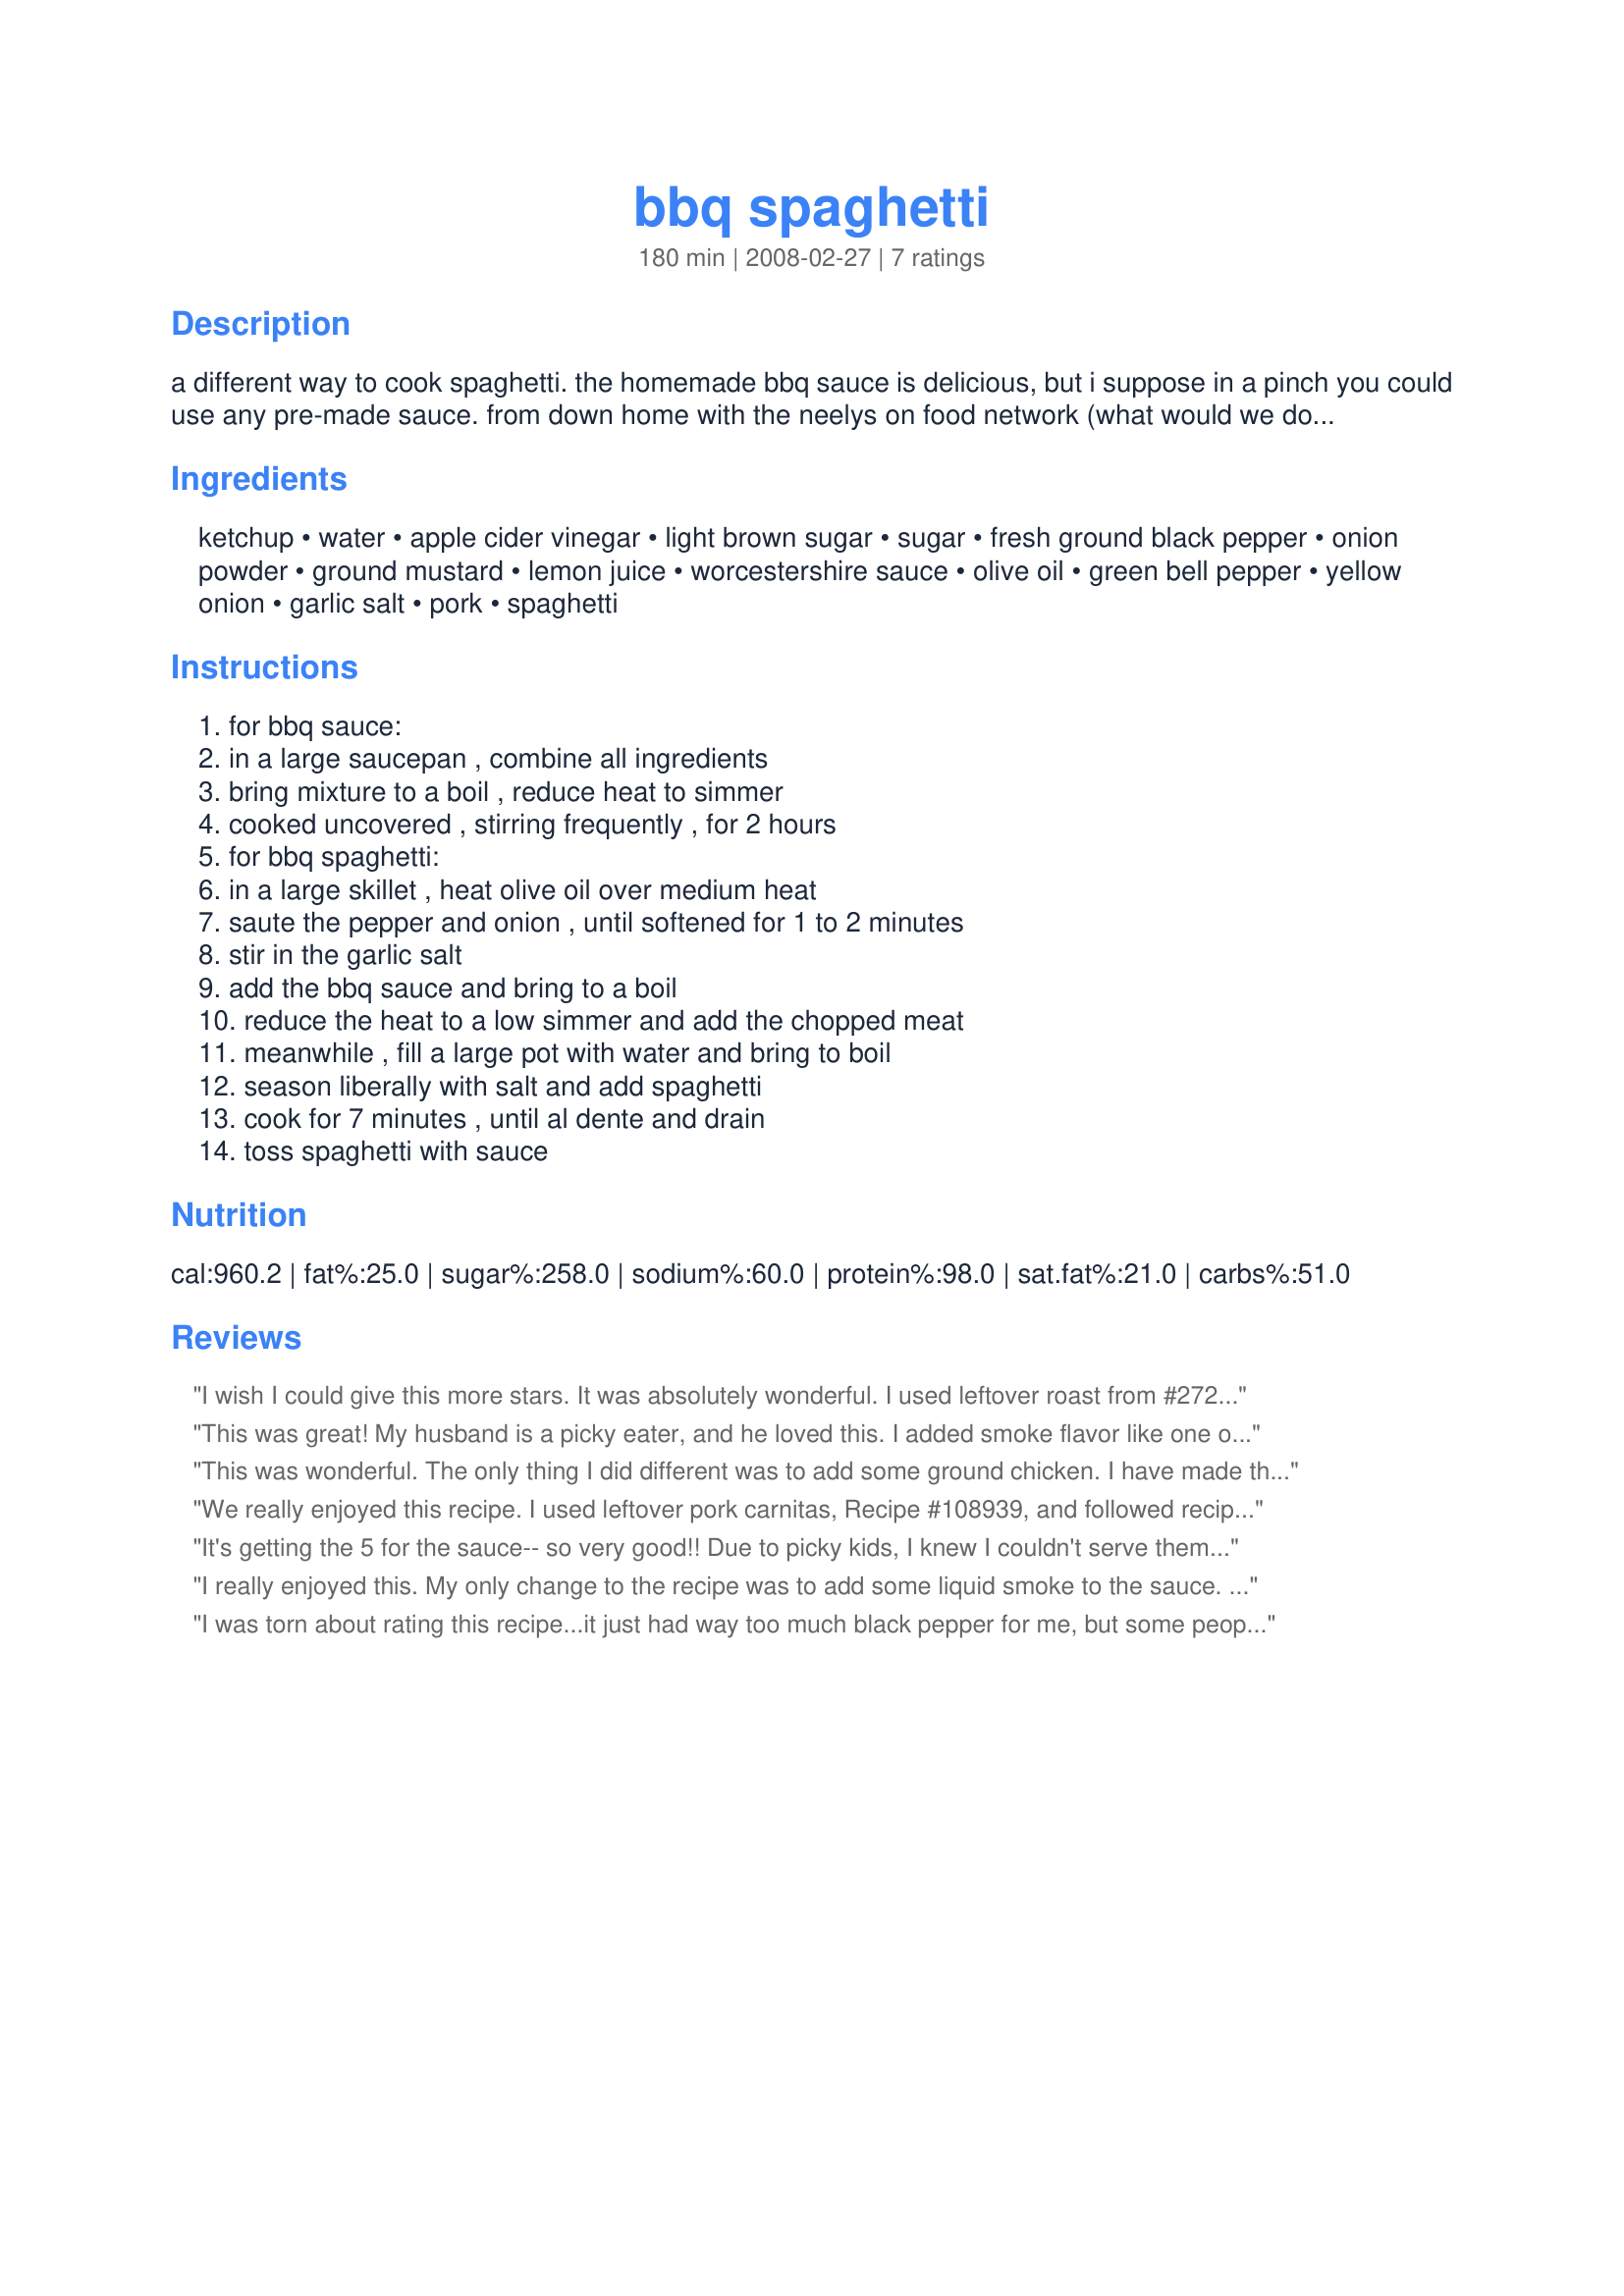
bbq spaghetti
Preparation time: 180 minutes

a different way to cook spaghetti. the homemade bbq sauce is delicious, but i suppose in a pinch you could use any pre-made sauce. from down home with the neelys on food network (what would we do without that channel)!

Ingredients:
ketchup, water, apple cider vinegar, light brown sugar, sugar, fresh ground black pepper, onion powder, ground mustard, lemon juice, worcestershire sauce, olive oil, green bell pepper, yellow onion, garlic salt, pork, spaghetti

Steps:
for bbq sauce:, in a large saucepan , combine all ingredients, bring mixture to a boil , reduce heat to simmer, cooked uncovered , stirring frequently , for 2 hours, for bbq spaghetti:, in a large skillet , heat olive oil over medium heat, saute the pepper and onion , until softened for 1 to 2 minutes, stir in the garlic salt, add the bbq sauce and bring to a boil, reduce the heat to a low simmer and add the chopped meat, meanwhile , fill a large pot with water and bring to boil, season liberally with salt and add spaghetti, cook for 7 minutes , until al dente and drain, toss spaghetti with sauce

Reviews:
I wish I could give this more stars. It was absolutely wonderful. I used leftover roast from #27208. A definite MUST try!
This was great! My husband is a picky eater, and he loved this. I added smoke flavor like one of the reviews suggested and I accidently left out the vinegar. I lightly salted and then stir-fried the pork with minced garlic, removed it from the pan, then stir-fried the pepper and onion just to tender-crisp, then returned the pork to the pan and added the sauce and the cooked noodles. I only used a half pound box of spaghetti noodles (I used half the sauce in the recipe and put the rest in my fridge to use for BBQ sauce) but I still had plenty for four servings.
This was wonderful. The only thing I did different was to add some ground chicken. I have made this before, but did not use this sauce. I believe this sauce really makes this so good. I think I thought I could get by with a bottle of sauce last time, but I'm so glad I made this sauce this time. Thanks so much for posting. I will be making this a lot this summer.
We really enjoyed this recipe. I used leftover pork carnitas, Recipe #108939, and followed recipe, halving it for 2 1/2 people ! We still have leftovers for lunch tomorrow for DH and DS, even with cutting in half. Very tasty and unique, will make again. Thanks for posting!
It's getting the 5 for the sauce-- so very good!! Due to picky kids, I knew I couldn't serve them this exactly as written-- but my modifications were minor altogether-- heaven forbid that there actually be a meat/sauce mixed in with the spaghetti!! I slow cooked, using only 1/2 cup water (boneless pork ribs) til fork tender (about 4 hours on high) and served meat, sauce, spaghetti all separate-- to be mixed as desired. Very yummy. I also cut back on the pepper- which I usually do to recipes due to personal taste. Thanks for a great BBQ pork!!
I really enjoyed this. My only change to the recipe was to add some liquid smoke to the sauce. Thanks for the posting.
I was torn about rating this recipe...it just had way too much black pepper for me, but some people at my dinner loved it...
